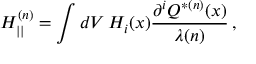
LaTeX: H _ { | | } ^ { ( n ) } = \int d V \, H _ { i } ( x ) \frac { { \partial } ^ { i } Q ^ { * ( n ) } ( x ) } { \lambda ( n ) } \, ,